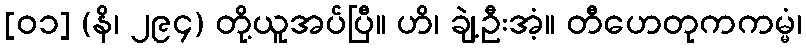
[၀၁] (နိ၊ ၂၉၄) တို့ယူအပ်ပြီ။ ဟိ၊ ချဲ့ဦးအံ့။ တီဟေတုကကမ္မံ၊